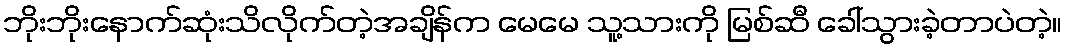
ဘိုးဘိုးနောက်ဆုံးသိလိုက်တဲ့အချိန်က မေမေ သူ့သားကို မြစ်ဆီ ခေါ်သွားခဲ့တာပဲတဲ့။